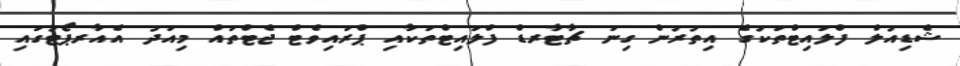
ޝެޑިއުލް ފްލައިޓްތަކުގެ އިތުރުން ގިނަ ޗާޓާރޑް ފްލައިޓްތަކާއި ޕްރައިވެޓް ޖެޓްތައް މިއަދު އެއާރޕޯޓުގައި